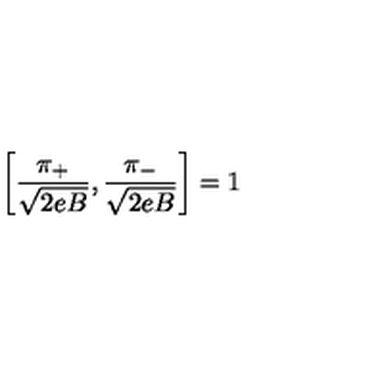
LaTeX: \left[ \frac { \pi _ { + } } { \sqrt { 2 e B } } , \frac { \pi _ { - } } { \sqrt { 2 e B } } \right] = 1